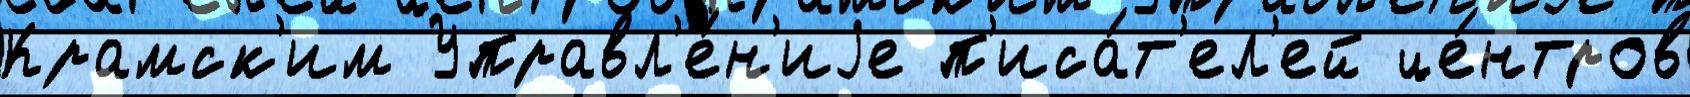
Крамск'им Управл'е́н'иjе п'иса́т'ел'ей це́нтров